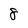
Character: 8